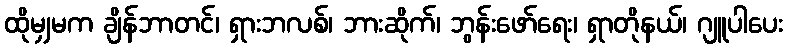
ထိုမျှမက ချိန်ဘာတင်၊ ရှားဘလစ်၊ ဘားဆိုက်၊ ဘွန်းဖော်ရေး၊ ရှာတိုနယ်၊ ဂျူပါပေး